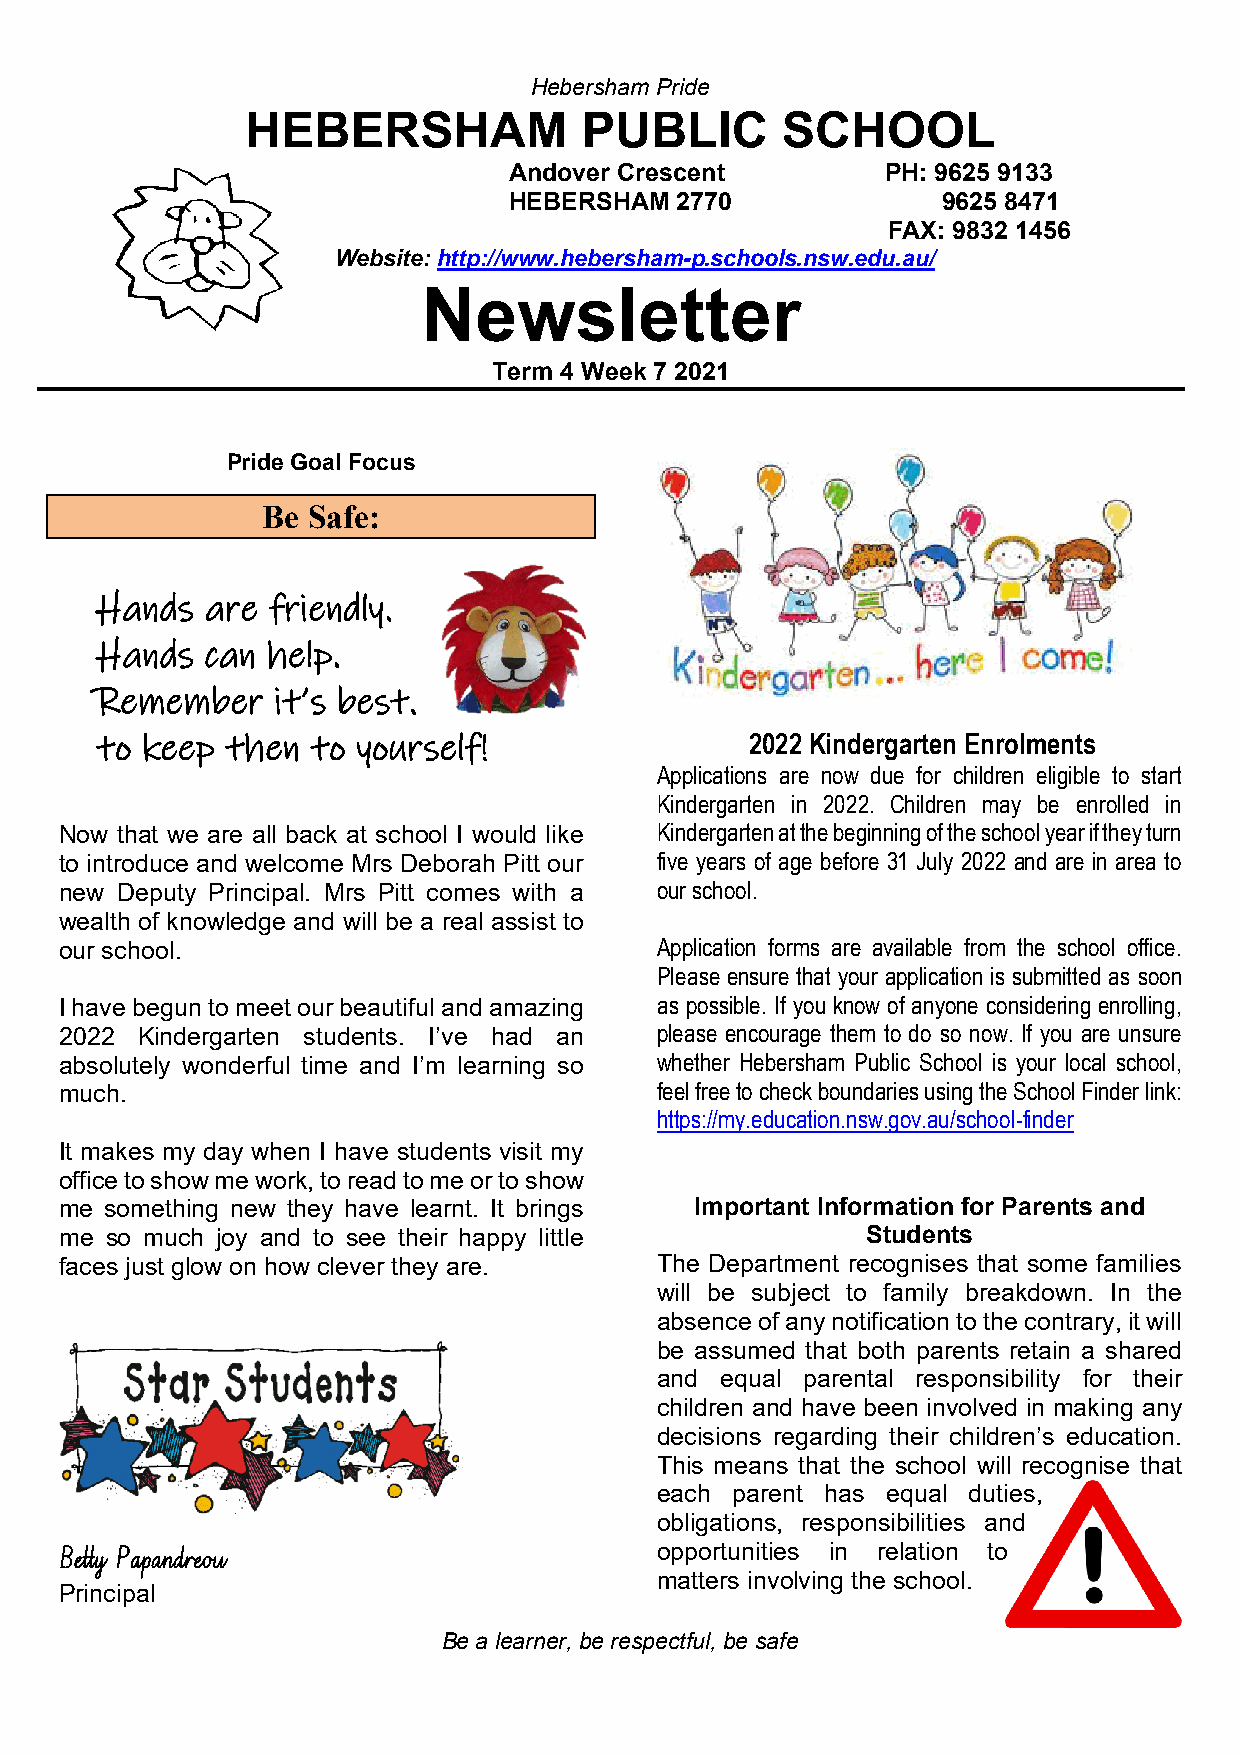
Hebersham Pride
 HEBERSHAM             PUBLIC        SCHOOL
 Andover Crescent         PH: 9625 9133
 HEBERSHAM  2770             9625 8471
 FAX: 9832 1456
 Website: http://www.hebersham-p.schools.nsw.edu.au/
 Newsletter
 Term 4 Week 7 2021
 Pride Goal Focus
 Be Safe:
 Hands   are friendly.
 Hands   can help.
 Remember    it’s best.
 to keep  then  to yourself!                 2022 Kindergarten Enrolments
 Applications are now due for children eligible to start
 Kindergarten in 2022. Children may be enrolled in
 Now that we are all back at school I would like Kindergarten at the beginning of the school year if they turn
 to introduce and welcome Mrs Deborah Pitt our five years of age before 31 July 2022 and are in area to
 new Deputy Principal. Mrs Pitt comes with a our school.
 wealth of knowledge and will be a real assist to
 our school.                            Application forms are available from the school office.
 Please ensure that your application is submitted as soon
 I have begun to meet our beautiful and amazing as possible. If you know of anyone considering enrolling,
 2022 Kindergarten students. I’ve had an please encourage them to do so now. If you are unsure
 absolutely wonderful time and I’m learning so whether Hebersham Public School is your local school,
 much.                                  feel free to check boundaries using the School Finder link:
 https://my.education.nsw.gov.au/school-finder
 It makes my day when I have students visit my
 office to show me work, to read to me or to show
 me something new they have learnt. It brings Important Information for Parents and
 me so much joy and to see their happy little         Students
 faces just glow on how clever they are. The Department recognises that some families
 will be subject to family breakdown. In the
 absence of any notification to the contrary, it will
 be assumed that both parents retain a shared
 and  equal parental responsibility for their
 children and have been involved in making any
 decisions regarding their children’s education.
 This means that the school will recognise that
 each parent has equal duties,
 obligations, responsibilities and
 Betty Papandreou                       opportunities in relation to
 matters involving the school.
 Principal
 Be a learner, be respectful, be safe